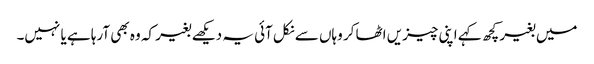
میں بغیر کچھ کہے اپنی چیزیں اٹھا کر وہاں سے نکل آئی یہ دیکھے بغیر کہ وہ بھی آرہا ہے یا نہیں۔